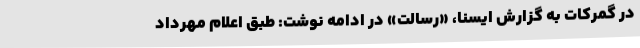
در گمرکات به گزارش ایسنا، «رسالت» در ادامه نوشت: طبق اعلام مهرداد